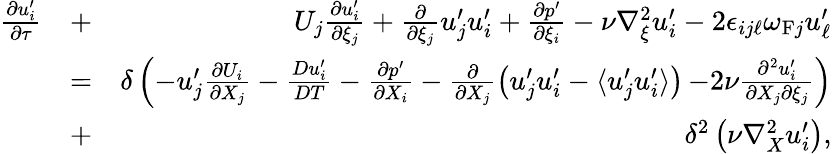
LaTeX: \begin{array}{rlr}{\frac{\partial u_{i}^{\prime}}{\partial\tau}}&{+}&{U_{j}\frac{\partial u_{i}^{\prime}}{\partial\xi_{j}}+\frac{\partial}{\partial\xi_{j}}u_{j}^{\prime}u_{i}^{\prime}+\frac{\partial p^{\prime}}{\partial\xi_{i}}-\nu\nabla_{\xi}^{2}u_{i}^{\prime}-2\epsilon_{ij\ell}\omega_{\mathrm{{F}}j}u_{\ell}^{\prime}}\\ &{=}&{\delta\left({-u_{j}^{\prime}\frac{\partial U_{i}}{\partial X_{j}}-\frac{Du_{i}^{\prime}}{DT}-\frac{\partial p^{\prime}}{\partial X_{i}}-\frac{\partial}{\partial X_{j}}\left({u_{j}^{\prime}u_{i}^{\prime}-\langle{u_{j}^{\prime}u_{i}^{\prime}}\rangle}\right)}\right.\left.{-2\nu\frac{\partial^{2}u_{i}^{\prime}}{\partial X_{j}\partial\xi_{j}}}\right)}\\ &{+}&{\delta^{2}\left({\nu\nabla_{X}^{2}u_{i}^{\prime}}\right),}\end{array}